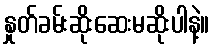
နှုတ်ခမ်းဆိုးဆေးမဆိုးပါနဲ့။